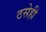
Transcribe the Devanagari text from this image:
ठसेही